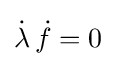
{\dot {\lambda }}\,{\dot {f}}=0